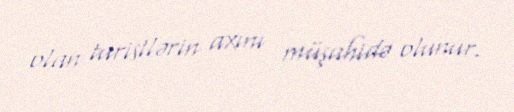
olan turistlərin axını müşahidə olunur.